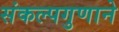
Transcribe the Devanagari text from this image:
संकल्पगुणाने